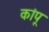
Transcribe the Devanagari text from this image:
कांपू